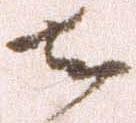
者